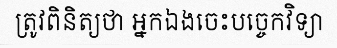
ត្រូវពិនិត្យថា អ្នកឯងចេះបច្ចេកវិទ្យា